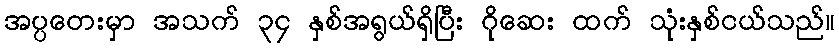
အပ္ပတေးမှာ အသက် ၃၄ နှစ်အရွယ်ရှိပြီး ဂိုဆေး ထက် သုံးနှစ်ငယ်သည်။